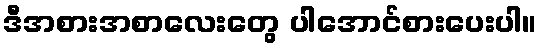
ဒီအစားအစာလေးတွေ ပါအောင်စားပေးပါ။